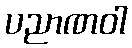
ပညာဏဝါ